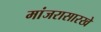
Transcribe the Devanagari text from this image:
मांजरासारखे